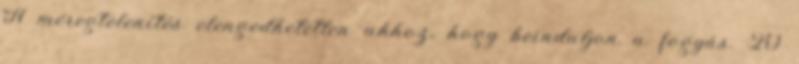
A méregtelenítés elengedhetetlen ahhoz, hogy beinduljon a fogyás. 20